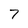
Character: 7